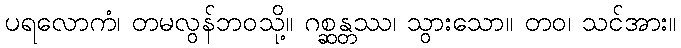
ပရလောကံ၊ တမလွန်ဘဝသို့။ ဂစ္ဆန္တဿ၊ သွားသော။ တဝ၊ သင်အား။